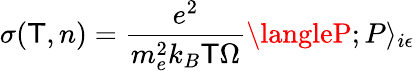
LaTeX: \sigma(\mathsf{T},n)=\frac{{e^{2}}}{{m_{e}^{2}k_{B}\mathsf{T}\Omega}}\langleP;P\rangle_{i\epsilon}